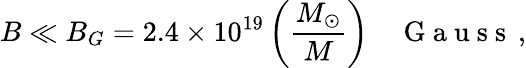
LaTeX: B\ll B_{G}=2.4\times 10^{19}\left(\frac{M_{\odot}}{M}\right)\quad\mathrm{~G~a~u~s~s~}\, ,